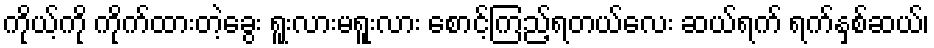
ကိုယ့်ကို ကိုက်ထားတဲ့ခွေး ရူးလားမရူးလား စောင့်ကြည့်ရတယ်လေး ဆယ်ရက် ရက်နှစ်ဆယ်၊